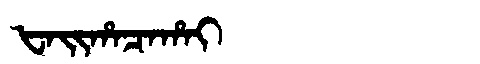
Manchu: ᡶᠠᡳᡥᠠᠴᠠᡥᠠᡳ
Romanization: FAIHACAHAI